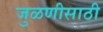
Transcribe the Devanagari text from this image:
जुळणीसाठी